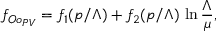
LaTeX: f _ { O o _ { P V } } = f _ { 1 } ( p / \Lambda ) + f _ { 2 } ( p / \Lambda ) \, \ln \frac { \Lambda } { \mu } ,